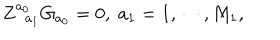
Z _ { \; \; a _ { 1 } } ^ { a _ { 0 } } G _ { a _ { 0 } } = 0 , \; a _ { 1 } = 1 , \cdots , M _ { 1 } ,